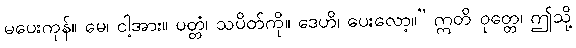
မပေးကုန်။ မေ၊ ငါ့အား။ ပတ္တံ၊ သပိတ်ကို။ ဒေဟိ၊ ပေးလော့။” ဣတိ ဝုတ္တေ၊ ဤသို့